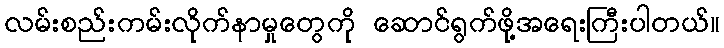
လမ်းစည်းကမ်းလိုက်နာမှုတွေကို ဆောင်ရွက်ဖို့အရေးကြီးပါတယ်။